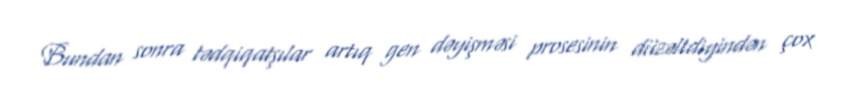
Bundan sonra tədqiqatşılar artıq gen dəyişməsi prosesinin düzəltdiyindən çox